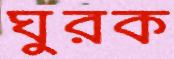
ঘুরক